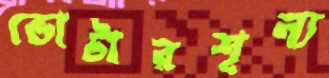
ভোটারশূন্য